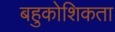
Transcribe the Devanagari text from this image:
बहुकोशिकता